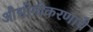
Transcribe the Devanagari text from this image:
औद्योगीकरणाचे